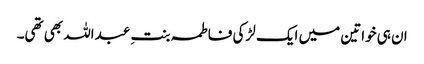
ان ہی خواتین میں ایک لڑکی فاطمہ بنتِ عبداللہ بھی تھی۔